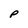
Character: P